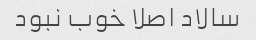
سالاد اصلا خوب نبود